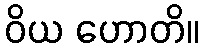
ဝိယ ဟောတိ။